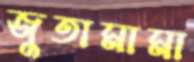
জুতামামা